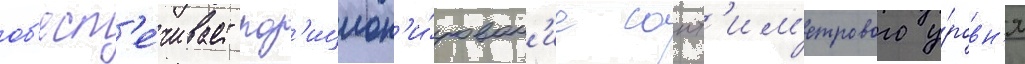
об'есп'е́чивает поз'ицион'и́рован'ие сант'им'етрового у́ровн'я